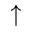
\uparrow